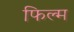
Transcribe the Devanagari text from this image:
फिल्‍म्‍ा